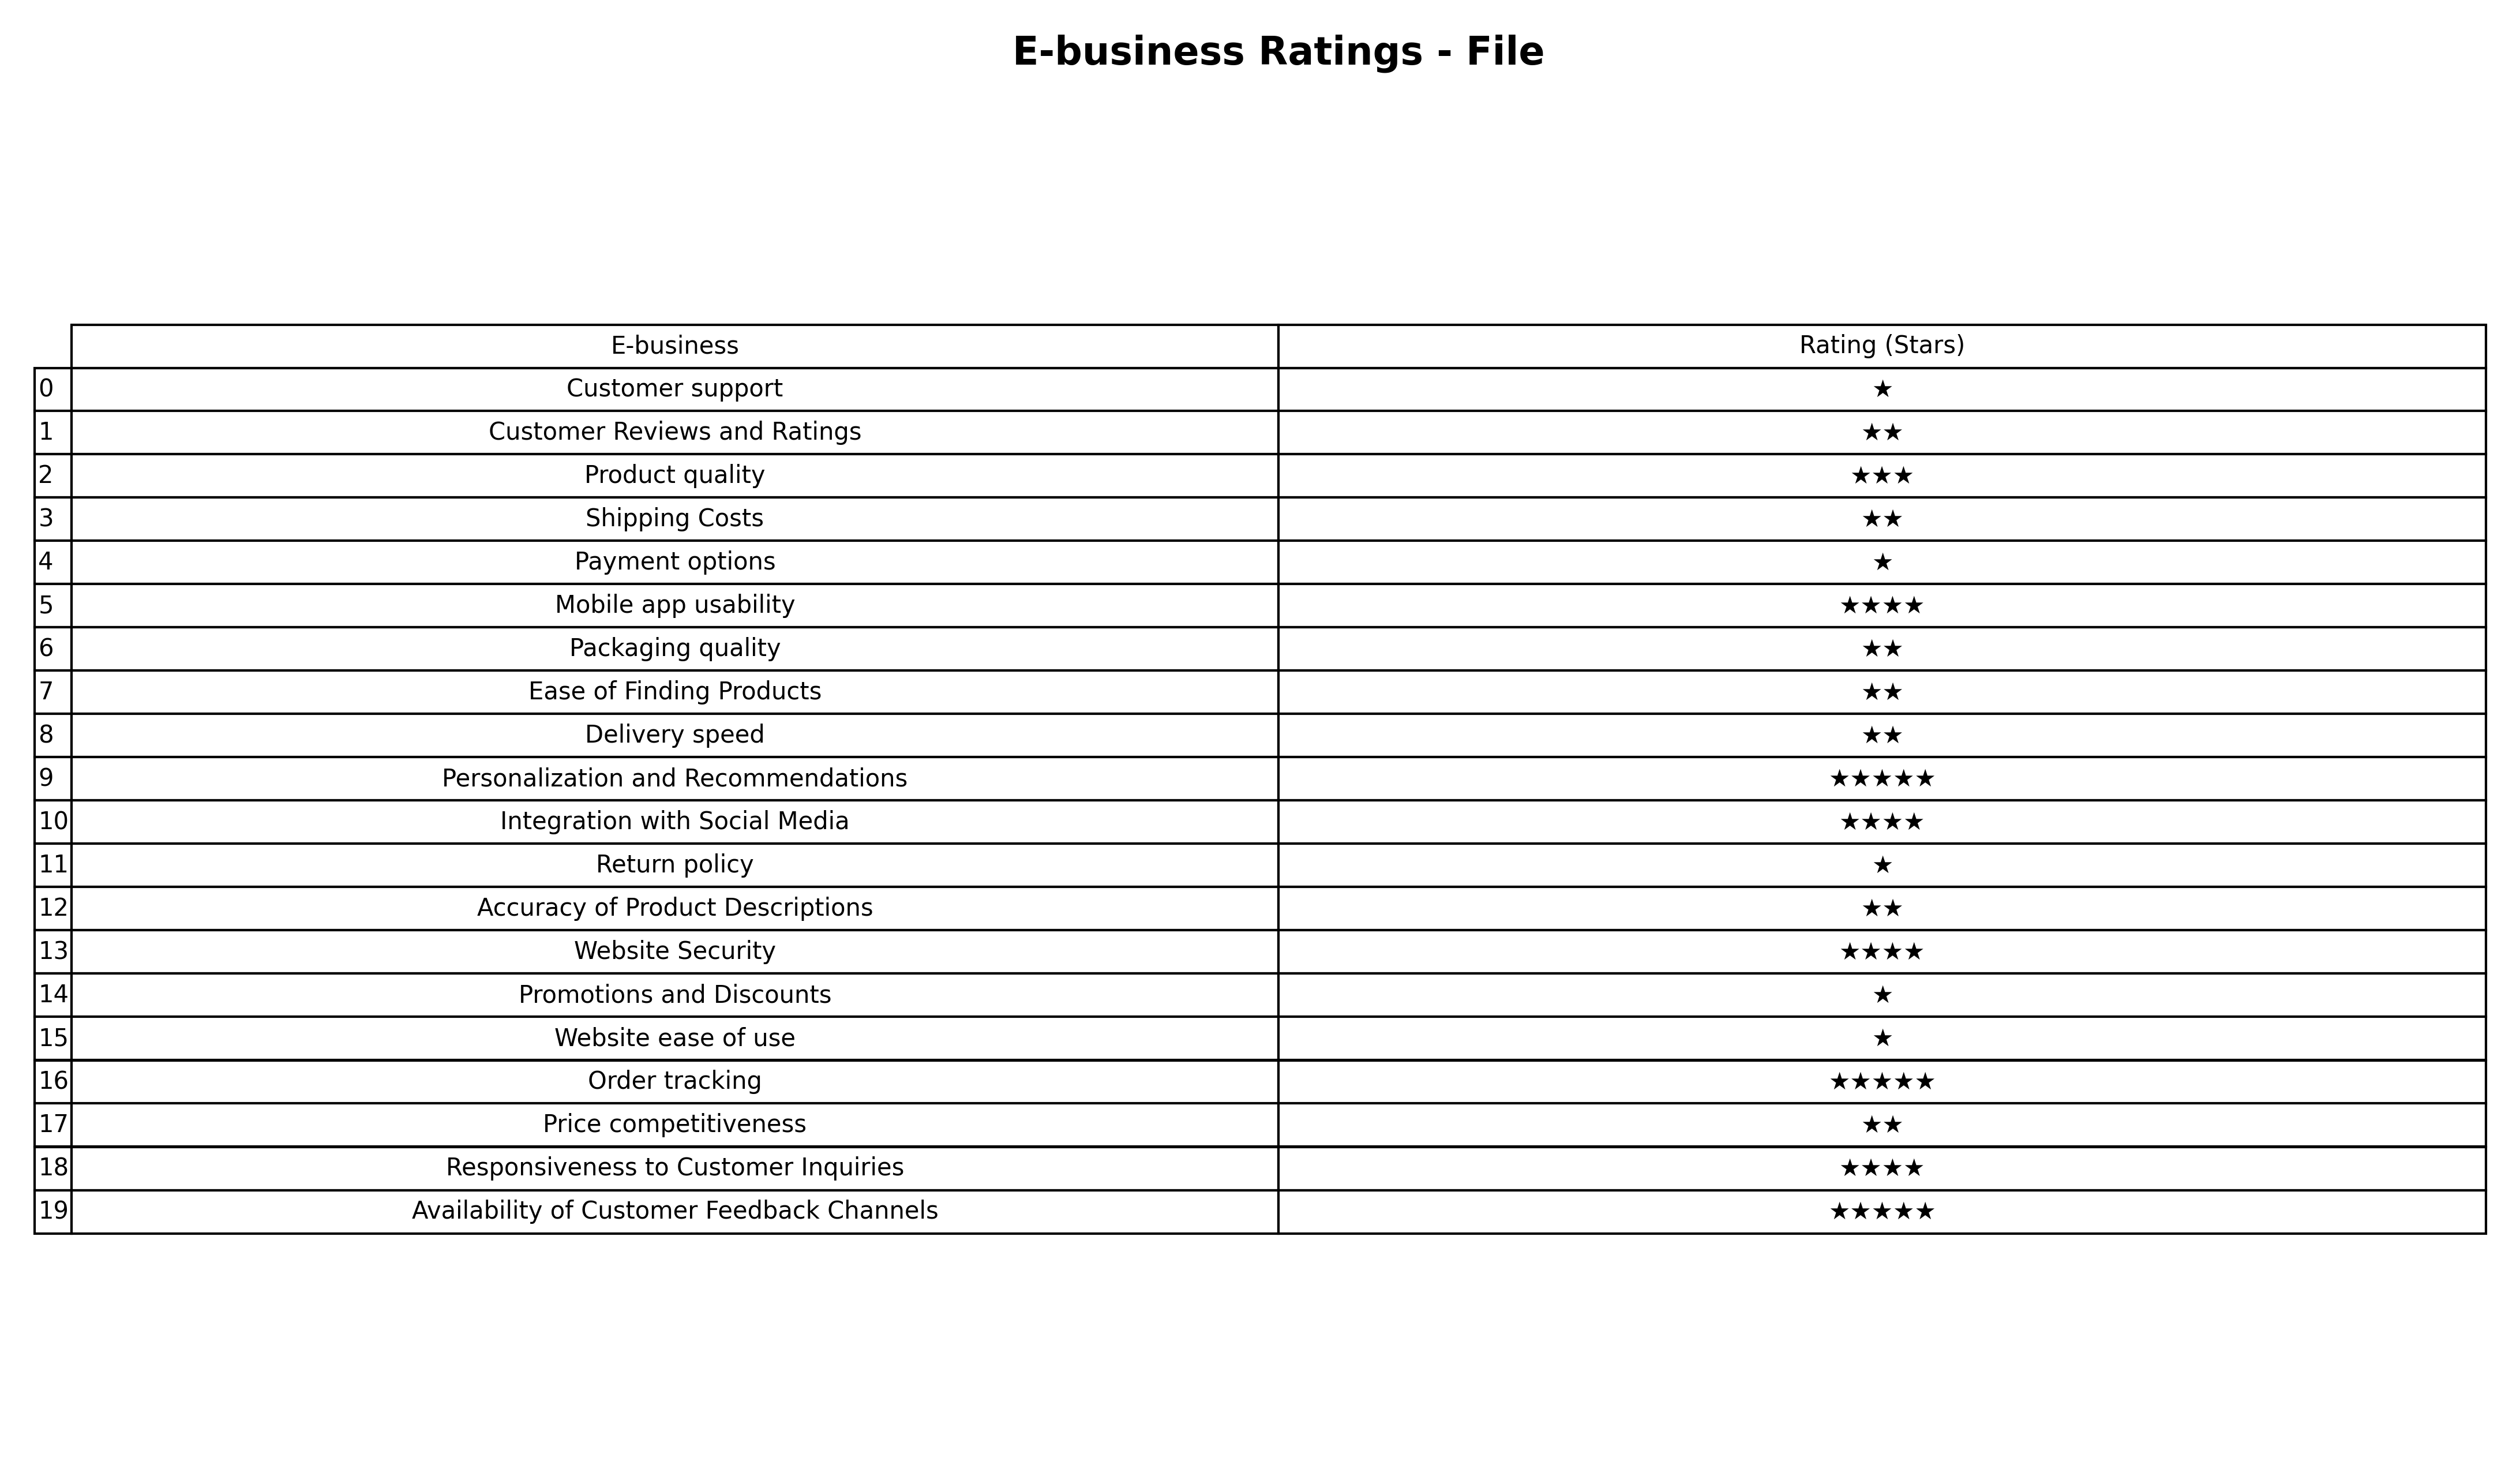
question: Which services are rated average?
answer: Product quality